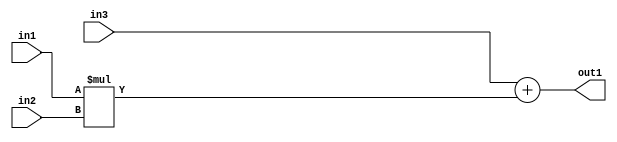
`timescale 1ps / 1ps
/*****************************************************************************
    Verilog RTL Description
    
    
    Created by: Stratus DpOpt 21.05.01 
*******************************************************************************/

module SobelFilter_Add2Mul2u32u32s32_4 (
	in3,
	in2,
	in1,
	out1
	); /* architecture "behavioural" */ 
input [31:0] in3,
	in2,
	in1;
output [31:0] out1;
wire [31:0] asc001;

wire [31:0] asc001_tmp_0;
assign asc001_tmp_0 = 
	+(in3);
assign asc001 = asc001_tmp_0
	+(in1 * in2);

assign out1 = asc001;
endmodule

/* CADENCE  uLD0TAo= : u9/ySxbfrwZIxEzHVQQV8Q== ** DO NOT EDIT THIS LINE ******/